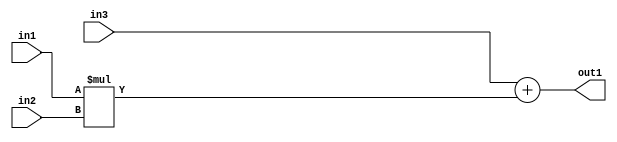
`timescale 1ps / 1ps
/*****************************************************************************
    Verilog RTL Description
    
    
    Created by: Stratus DpOpt 21.05.01 
*******************************************************************************/

module SobelFilter_Add2Mul2u32u32s32_4 (
	in3,
	in2,
	in1,
	out1
	); /* architecture "behavioural" */ 
input [31:0] in3,
	in2,
	in1;
output [31:0] out1;
wire [31:0] asc001;

wire [31:0] asc001_tmp_0;
assign asc001_tmp_0 = 
	+(in3);
assign asc001 = asc001_tmp_0
	+(in1 * in2);

assign out1 = asc001;
endmodule

/* CADENCE  uLD0TAo= : u9/ySxbfrwZIxEzHVQQV8Q== ** DO NOT EDIT THIS LINE ******/